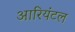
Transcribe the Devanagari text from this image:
आरियंटल